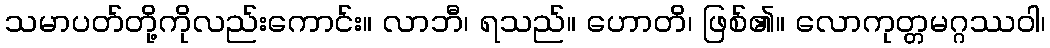
သမာပတ်တို့ကိုလည်းကောင်း။ လာဘီ၊ ရသည်။ ဟောတိ၊ ဖြစ်၏။ လောကုတ္တမဂ္ဂဿဝါ၊